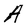
Character: A